Scottish Certificate of Education, 1962
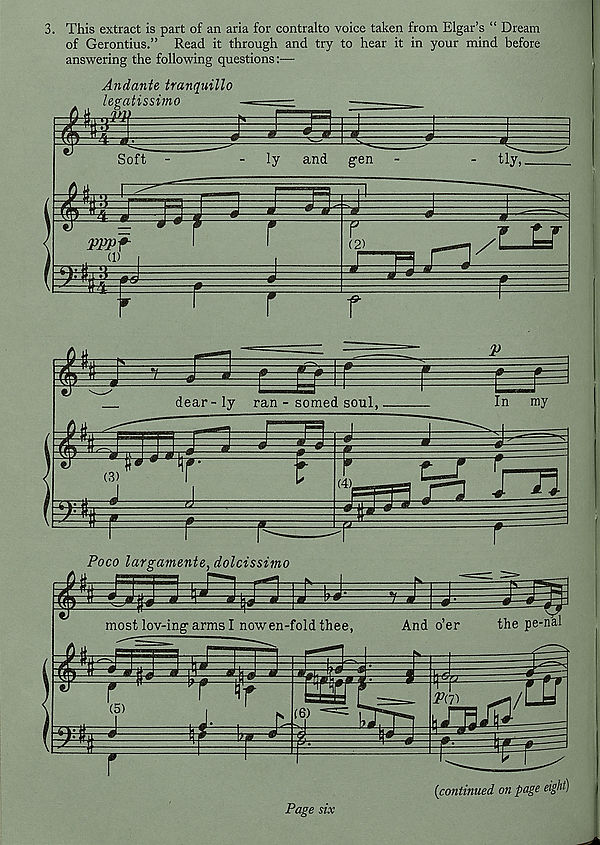
3. This extract is part of an aria for contralto voice taken from Elgar’s “ Dream
of Gerontius.” Read it through and try to hear it in your mind before
answering the following questions:—
Page six